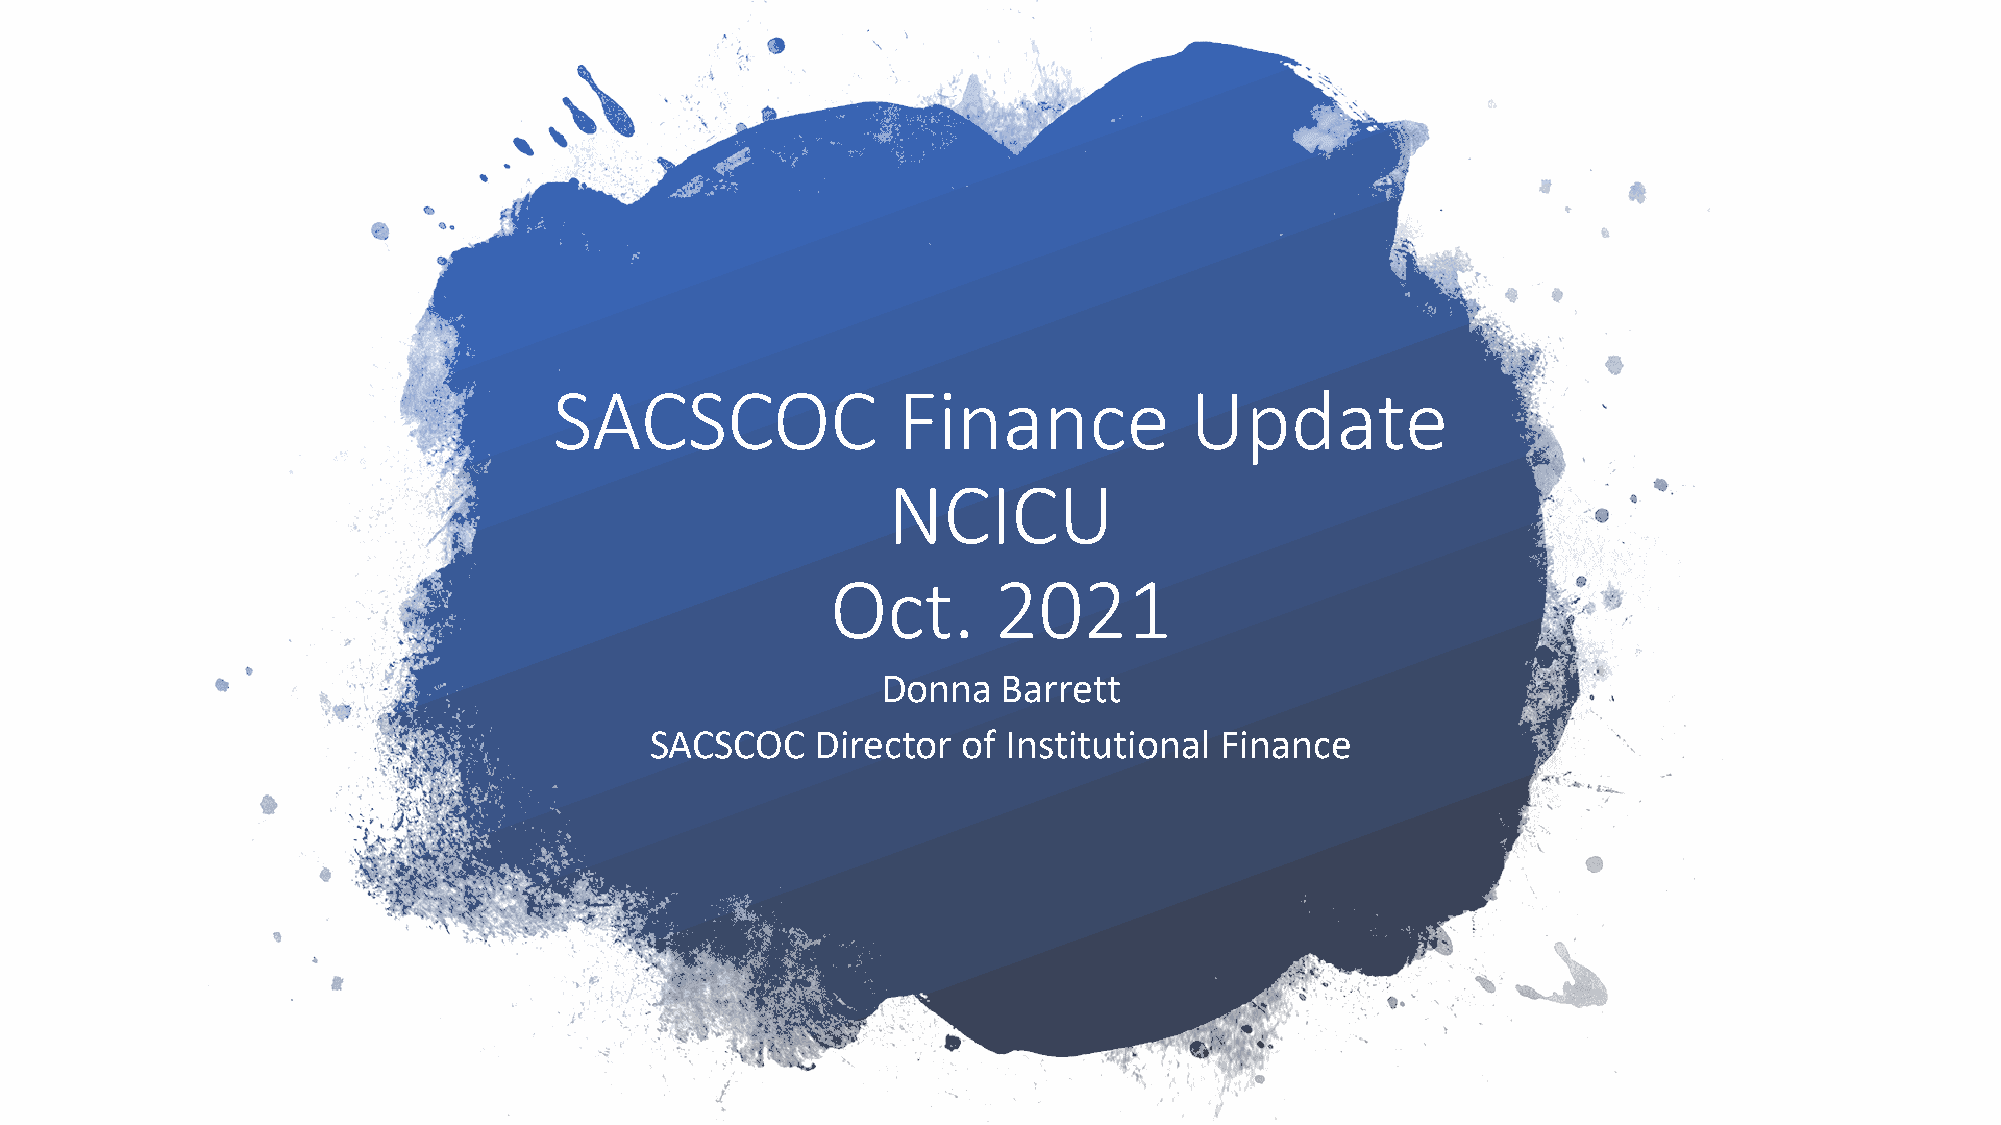
SACSCOC               Finance             Update
 NCICU
 Oct.       2021
 Donna   Barrett
 SACSCOC    Director  of Institutional Finance